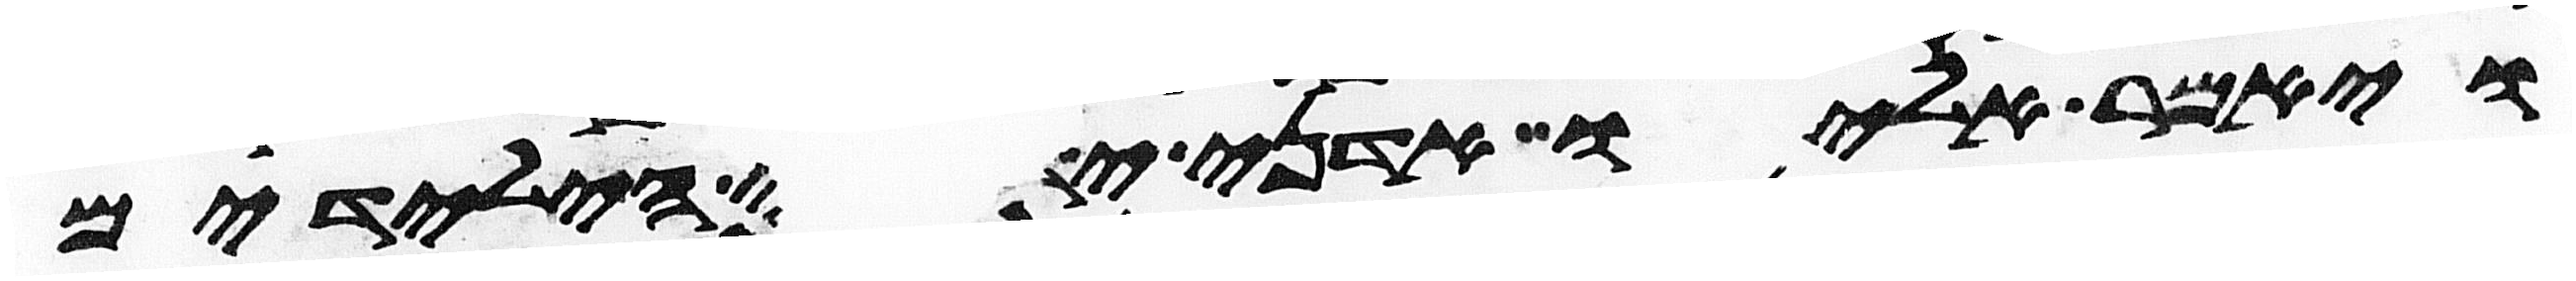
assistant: ויאמר אליו אדני ידע כי הילדים